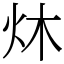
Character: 炑